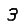
Digit: 3